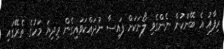
ރިފާއު އެ ބޭންކުން ނެންގެވި ލޯނަކަށް ފައިސާ ނުދައްކަވައިގެން މިދިޔަ މަހުގެ ތެރޭގައި